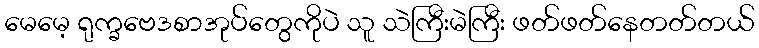
မေမေ့ ရုက္ခဗေဒစာအုပ်တွေကိုပဲ သူ သဲကြီးမဲကြီး ဖတ်ဖတ်နေတတ်တယ်